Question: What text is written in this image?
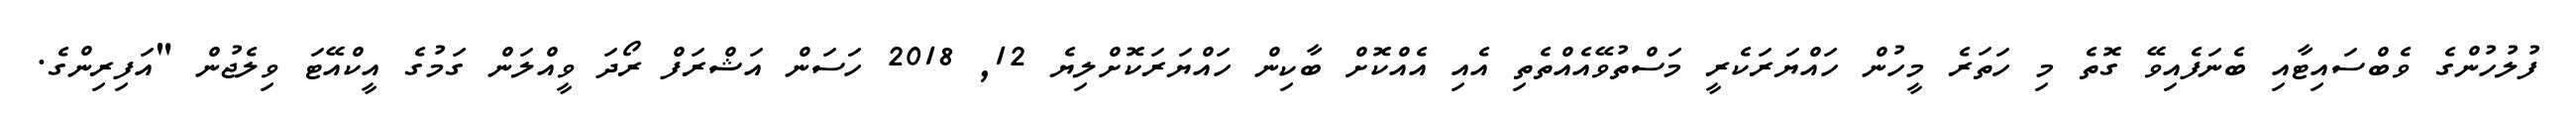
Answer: ފުލުހުންގެ ވެބްސައިޓާއި ބެނަފެއިވޭ ގޮތެ މި ހަތަރެ މީހުން ހައްޔަރަކެރީ މަސްތުވޭއެއްތެތި އެއި އެއްކޮށް ބާކިން ހައްޔަރަކޮށްލިޔެ 12, 2018 ހަސަން އަޝްރަފް ރޯދަ ވީއްލަން ގަމުގެ އީކްއޭޓަ ވިލެޖުން "އަފިރިންގެ.